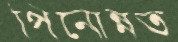
পিনোন্নত